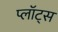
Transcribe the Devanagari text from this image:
प्लॉट्स